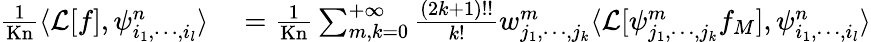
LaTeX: \begin{array}{rl}{\frac{1}{\mathrm{Kn}}\langle\mathcal{L}[f],\psi_{i_{1},\cdots,i_{l}}^{n}\rangle}&{{}=\frac{1}{\mathrm{Kn}}\sum_{m,k=0}^{+\infty}\frac{(2k+1)!!}{k!}w_{j_{1},\cdots,j_{k}}^{m}\langle\mathcal{L}[\psi_{j_{1},\cdots,j_{k}}^{m}f_{M}],\psi_{i_{1},\cdots,i_{l}}^{n}\rangle}\end{array}